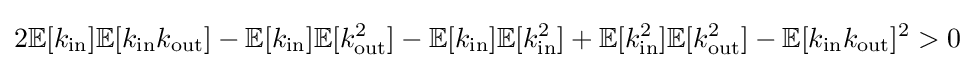
2\mathbb {E} [k_{\text{in}}]\mathbb {E} [k_{\text{in}}k_{\text{out}}]-\mathbb {E} [k_{\text{in}}]\mathbb {E} [k_{\text{out}}^{2}]-\mathbb {E} [k_{\text{in}}]\mathbb {E} [k_{\text{in}}^{2}]+\mathbb {E} [k_{\text{in}}^{2}]\mathbb {E} [k_{\text{out}}^{2}]-\mathbb {E} [k_{\text{in}}k_{\text{out}}]^{2}>0